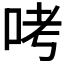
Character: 𠱼